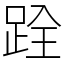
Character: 跧